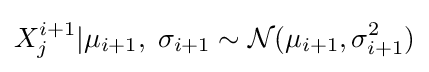
X_{j}^{i+1}|\mu _{i+1},\;\sigma _{i+1}\sim {\mathcal {N}}(\mu _{i+1},\sigma _{i+1}^{2})